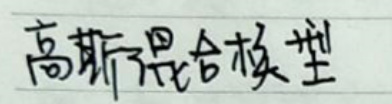
高斯混合模型